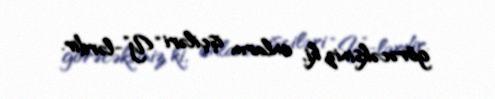
görəcəksiniz ki, onların işçiləri “Y”-lərdir.